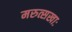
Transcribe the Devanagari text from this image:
मरुत्सखाः